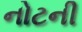
નોટની